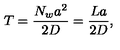
T = \frac { N _ { w } a ^ { 2 } } { 2 D } = \frac { L a } { 2 D } ,